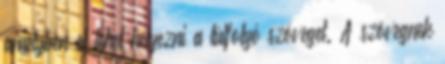
amelyben el lehet helyezni a túlfolyó szöveget. A szövegnek